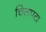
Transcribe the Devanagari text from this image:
चिलपटा